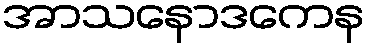
အာသနောဒကေန